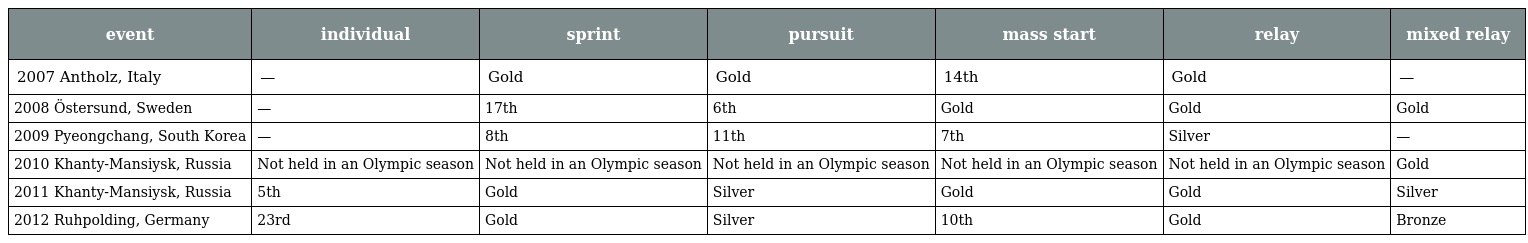
| event | individual | sprint | pursuit | mass start | relay | mixed relay |
 | --- | --- | --- | --- | --- | --- | --- |
 | 2007 Antholz, Italy | — | Gold | Gold | 14th | Gold | — |
 | 2008 Östersund, Sweden | — | 17th | 6th | Gold | Gold | Gold |
 | 2009 Pyeongchang, South Korea | — | 8th | 11th | 7th | Silver | — |
 | 2010 Khanty-Mansiysk, Russia | Not held in an Olympic season | Not held in an Olympic season | Not held in an Olympic season | Not held in an Olympic season | Not held in an Olympic season | Gold |
 | 2011 Khanty-Mansiysk, Russia | 5th | Gold | Silver | Gold | Gold | Silver |
 | 2012 Ruhpolding, Germany | 23rd | Gold | Silver | 10th | Gold | Bronze |